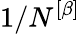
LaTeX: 1/N^{\left[\beta\right]}